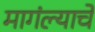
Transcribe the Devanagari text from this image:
मागंल्याचे